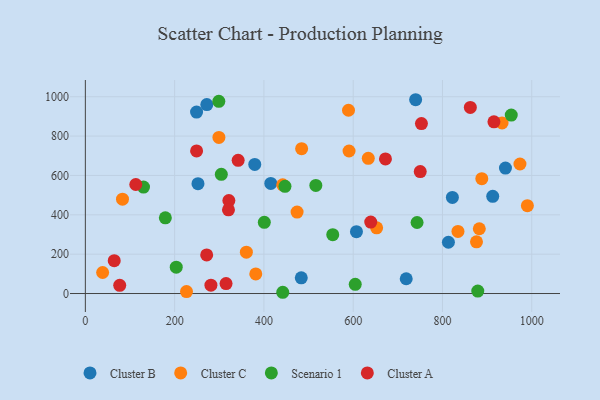
{"axis": {"x": "Distance", "y": "Yield"}, "legend": ["Cluster A", "Cluster B", "Cluster C", "Scenario 1"], "data": [{"x": "813.3", "y": 260.6, "type": "Cluster B"}, {"x": "941.1", "y": 637.6, "type": "Cluster B"}, {"x": "739.9", "y": 984.8, "type": "Cluster B"}, {"x": "272.1", "y": 960.3, "type": "Cluster B"}, {"x": "483.7", "y": 79.9, "type": "Cluster B"}, {"x": "252.3", "y": 558.0, "type": "Cluster B"}, {"x": "607.3", "y": 314.3, "type": "Cluster B"}, {"x": "249.1", "y": 922.1, "type": "Cluster B"}, {"x": "379.5", "y": 656.0, "type": "Cluster B"}, {"x": "718.8", "y": 75.1, "type": "Cluster B"}, {"x": "912.6", "y": 494.2, "type": "Cluster B"}, {"x": "822.2", "y": 488.5, "type": "Cluster B"}, {"x": "415.4", "y": 559.4, "type": "Cluster B"}, {"x": "590.7", "y": 724.2, "type": "Cluster C"}, {"x": "882.5", "y": 329.3, "type": "Cluster C"}, {"x": "38.7", "y": 106.9, "type": "Cluster C"}, {"x": "474.3", "y": 414.1, "type": "Cluster C"}, {"x": "360.7", "y": 210.2, "type": "Cluster C"}, {"x": "888.1", "y": 583.7, "type": "Cluster C"}, {"x": "589.5", "y": 931.4, "type": "Cluster C"}, {"x": "226.6", "y": 10.1, "type": "Cluster C"}, {"x": "990.2", "y": 446.3, "type": "Cluster C"}, {"x": "83.2", "y": 479.3, "type": "Cluster C"}, {"x": "484.5", "y": 735.9, "type": "Cluster C"}, {"x": "381.8", "y": 99.7, "type": "Cluster C"}, {"x": "652.5", "y": 334.1, "type": "Cluster C"}, {"x": "834.7", "y": 315.7, "type": "Cluster C"}, {"x": "633.8", "y": 687.2, "type": "Cluster C"}, {"x": "973.6", "y": 658.1, "type": "Cluster C"}, {"x": "933.5", "y": 866.6, "type": "Cluster C"}, {"x": "876.2", "y": 262.5, "type": "Cluster C"}, {"x": "442.1", "y": 552.4, "type": "Cluster C"}, {"x": "299.2", "y": 793.0, "type": "Cluster C"}, {"x": "304.6", "y": 605.9, "type": "Scenario 1"}, {"x": "879.1", "y": 12.3, "type": "Scenario 1"}, {"x": "299.0", "y": 976.8, "type": "Scenario 1"}, {"x": "743.1", "y": 361.0, "type": "Scenario 1"}, {"x": "442.2", "y": 6.4, "type": "Scenario 1"}, {"x": "554.2", "y": 299.0, "type": "Scenario 1"}, {"x": "130.3", "y": 540.8, "type": "Scenario 1"}, {"x": "203.6", "y": 133.8, "type": "Scenario 1"}, {"x": "954.1", "y": 906.6, "type": "Scenario 1"}, {"x": "400.9", "y": 362.0, "type": "Scenario 1"}, {"x": "447.2", "y": 545.0, "type": "Scenario 1"}, {"x": "179.2", "y": 384.9, "type": "Scenario 1"}, {"x": "604.6", "y": 46.7, "type": "Scenario 1"}, {"x": "516.3", "y": 549.2, "type": "Scenario 1"}, {"x": "321.5", "y": 472.6, "type": "Cluster A"}, {"x": "915.3", "y": 872.7, "type": "Cluster A"}, {"x": "672.3", "y": 684.1, "type": "Cluster A"}, {"x": "639.3", "y": 362.9, "type": "Cluster A"}, {"x": "281.3", "y": 42.4, "type": "Cluster A"}, {"x": "315.2", "y": 50.7, "type": "Cluster A"}, {"x": "750.2", "y": 619.6, "type": "Cluster A"}, {"x": "271.8", "y": 196.4, "type": "Cluster A"}, {"x": "249.2", "y": 724.6, "type": "Cluster A"}, {"x": "64.7", "y": 167.0, "type": "Cluster A"}, {"x": "113.0", "y": 554.0, "type": "Cluster A"}, {"x": "77.0", "y": 41.9, "type": "Cluster A"}, {"x": "320.6", "y": 425.2, "type": "Cluster A"}, {"x": "342.3", "y": 677.0, "type": "Cluster A"}, {"x": "752.9", "y": 863.7, "type": "Cluster A"}, {"x": "862.4", "y": 945.6, "type": "Cluster A"}]}